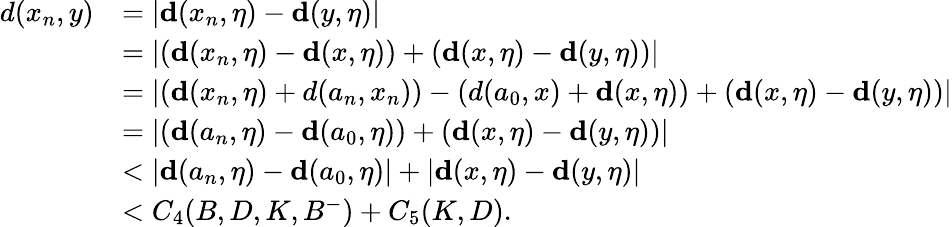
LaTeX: \begin{array}{rl}{d(x_{n},y)}&{=|\mathbf{d}(x_{n},\eta)-\mathbf{d}(y,\eta)|}\\ &{=|(\mathbf{d}(x_{n},\eta)-\mathbf{d}(x,\eta))+(\mathbf{d}(x,\eta)-\mathbf{d}(y,\eta))|}\\ &{=|(\mathbf{d}(x_{n},\eta)+d(a_{n},x_{n}))-(d(a_{0},x)+\mathbf{d}(x,\eta))+(\mathbf{d}(x,\eta)-\mathbf{d}(y,\eta))|}\\ &{=|(\mathbf{d}(a_{n},\eta)-\mathbf{d}(a_{0},\eta))+(\mathbf{d}(x,\eta)-\mathbf{d}(y,\eta))|}\\ &{<|\mathbf{d}(a_{n},\eta)-\mathbf{d}(a_{0},\eta)|+|\mathbf{d}(x,\eta)-\mathbf{d}(y,\eta)|}\\ &{<C_{4}(B,D,K,B^{-})+C_{5}(K,D).}\end{array}